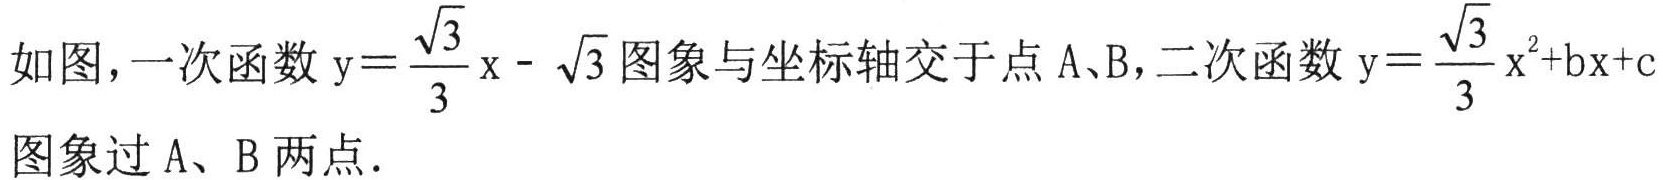
如图，一次函数$\mathrm{y}=\frac{\sqrt{3}}{3}\mathrm{x}-\sqrt{3}$图象与坐标轴交于点 A、B，二次函数$\mathrm{y}=\frac{\sqrt{3}}{3}{\mathrm{x}}^{2}+\mathrm{b}\mathrm{x}+\mathrm{c}$图象过 A、B 两点．